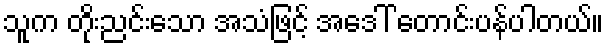
သူက တိုးညင်းသော အသံဖြင့် အဒေါ် တောင်းပန်ပါတယ်။